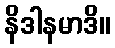
နိဒါနမာဒိ။